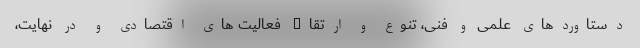
دستاوردهای علمی و فنی، تنوع و ارتقاء فعالیت های اقتصادی و در نهایت،